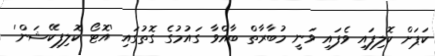
ކަޕަށް ކޮލިފައި ވެފައި ވަނީ މުބާރާތް ބާއްވާ ގައުމުގެ ގޮތުގައި 'އޮޓޯ ކޮލިފިކޭޝަން'